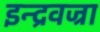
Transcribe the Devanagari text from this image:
इन्द्रवज्रा